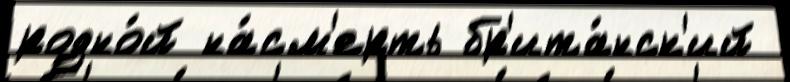
родно́й на́см'ерть бр'ита́нск'ий